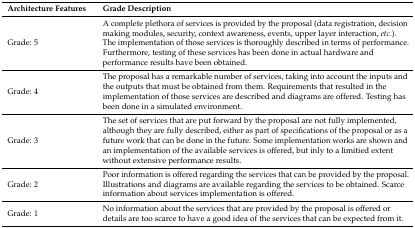
<table><thead><tr><td><b>Architecture Features</b></td><td><b>Grade Description</b></td></tr></thead><tbody><tr><td>Grade: 5</td><td>A complete plethora of services is provided by the proposal (data registration, decision making modules, security, context awareness, events, upper layer interaction, <i>etc.</i>). The implementation of those services is thoroughly described in terms of performance. Furthermore, testing of these services has been done in actual hardware and performance results have been obtained.</td></tr><tr><td>Grade: 4</td><td>The proposal has a remarkable number of services, taking into account the inputs and the outputs that must be obtained from them. Requirements that resulted in the implementation of those services are described and diagrams are offered. Testing has been done in a simulated environment.</td></tr><tr><td>Grade: 3</td><td>The set of services that are put forward by the proposal are not fully implemented, although they are fully described, either as part of specifications of the proposal or as a future work that can be done in the future. Some implementation works are shown and an implementation of the available services is offered, but inly to a limitied extent without extensive performance results.</td></tr><tr><td>Grade: 2</td><td>Poor information is offered regarding the services that can be provided by the proposal. Illustrations and diagrams are available regarding the services to be obtained. Scarce information about services implementation is offered.</td></tr><tr><td>Grade: 1</td><td>No information about the services that are provided by the proposal is offered or details are too scarce to have a good idea of the services that can be expected from it.</td></tr></tbody></table>